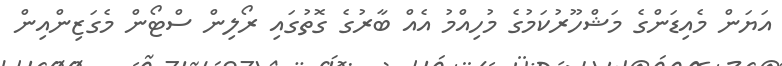
އަޔަން މެއިޑަންގެ މަޝްހޫރުކަމުގެ މުހިއްމު އެއް ބާރުގެ ގޮތުގައި ރޯލިން ސްޓޯން މެގަޒިންއިން